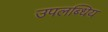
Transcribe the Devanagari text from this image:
उपलब्धिय